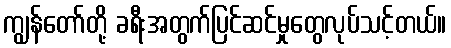
ကျွန်တော်တို့ ခရီးအတွက်ပြင်ဆင်မှုတွေလုပ်သင့်တယ်။